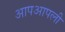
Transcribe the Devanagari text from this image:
आपआपली